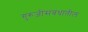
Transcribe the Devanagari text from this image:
गुरुजींसंबंधातील